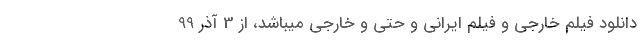
دانلود فیلم خارجی و فیلم ایرانی و حتی و خارجی میباشد، از 3 آذر 99